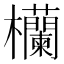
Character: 欗